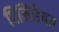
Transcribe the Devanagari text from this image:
पिलिडियम